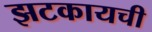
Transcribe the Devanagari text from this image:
झटकायची